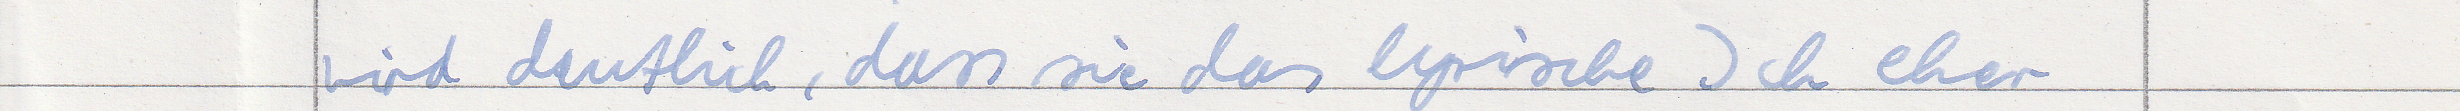
wird deutlich, dass sie das lyrische Ich eher